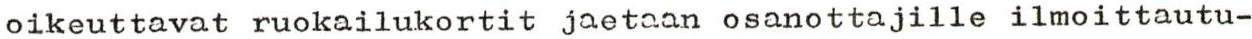
oikeuttavat ruokailukortit jaetaan osanottajille ilmoittautu-